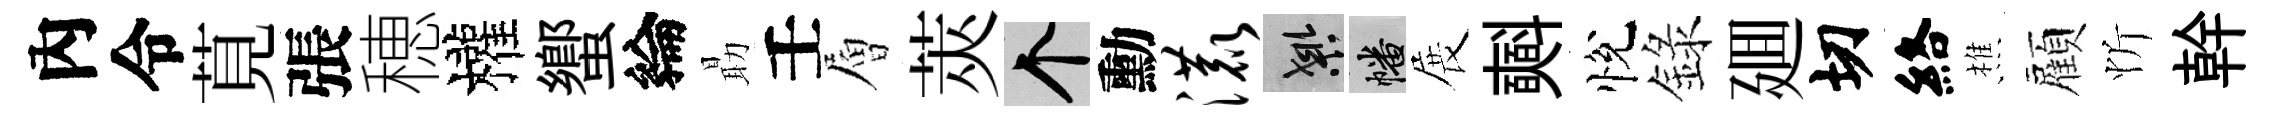
內令莧張穂權蠁綸朂壬層莢个勳漉良幡展𣂏悅錄廽切絡樵顏忻幹